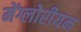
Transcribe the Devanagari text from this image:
मेंग्लोरीयन